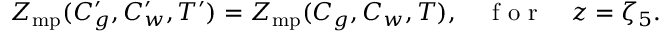
Z _ { \mathrm { m p } } ( C _ { g } ^ { \prime } , C _ { w } ^ { \prime } , T ^ { \prime } ) = Z _ { \mathrm { m p } } ( C _ { g } , C _ { w } , T ) , \quad \mathrm { ~ f ~ o ~ r ~ } \quad z = \zeta _ { 5 } .